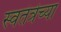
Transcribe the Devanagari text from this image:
स्वतंत्रेच्या